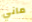
ماني